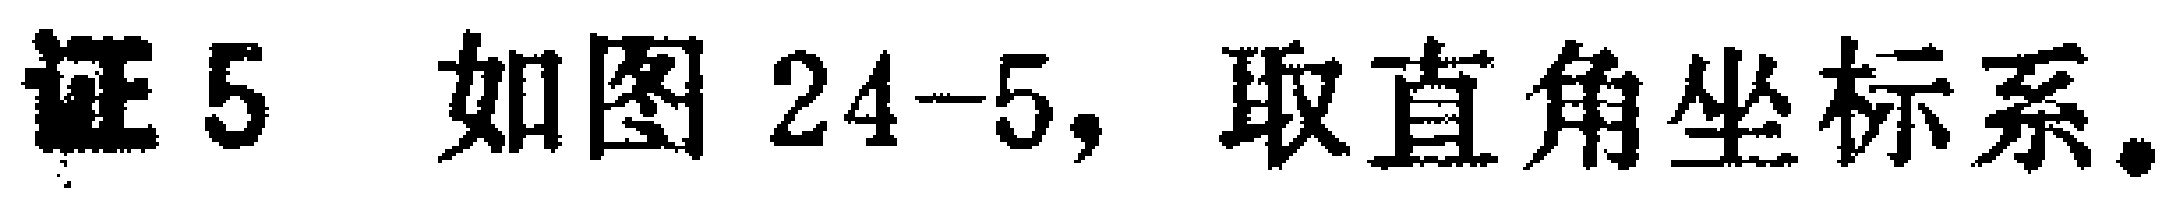
证5 如图24-5，取直角坐标系。